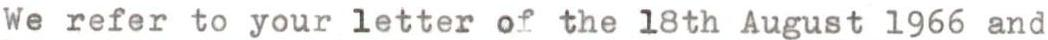
We refer to your letter of the 18th August 1966 and